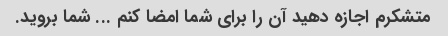
متشکرم اجازه دهید آن را برای شما امضا کنم ... شما بروید.